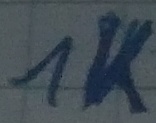
Text: 1K